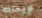
لإيجاده